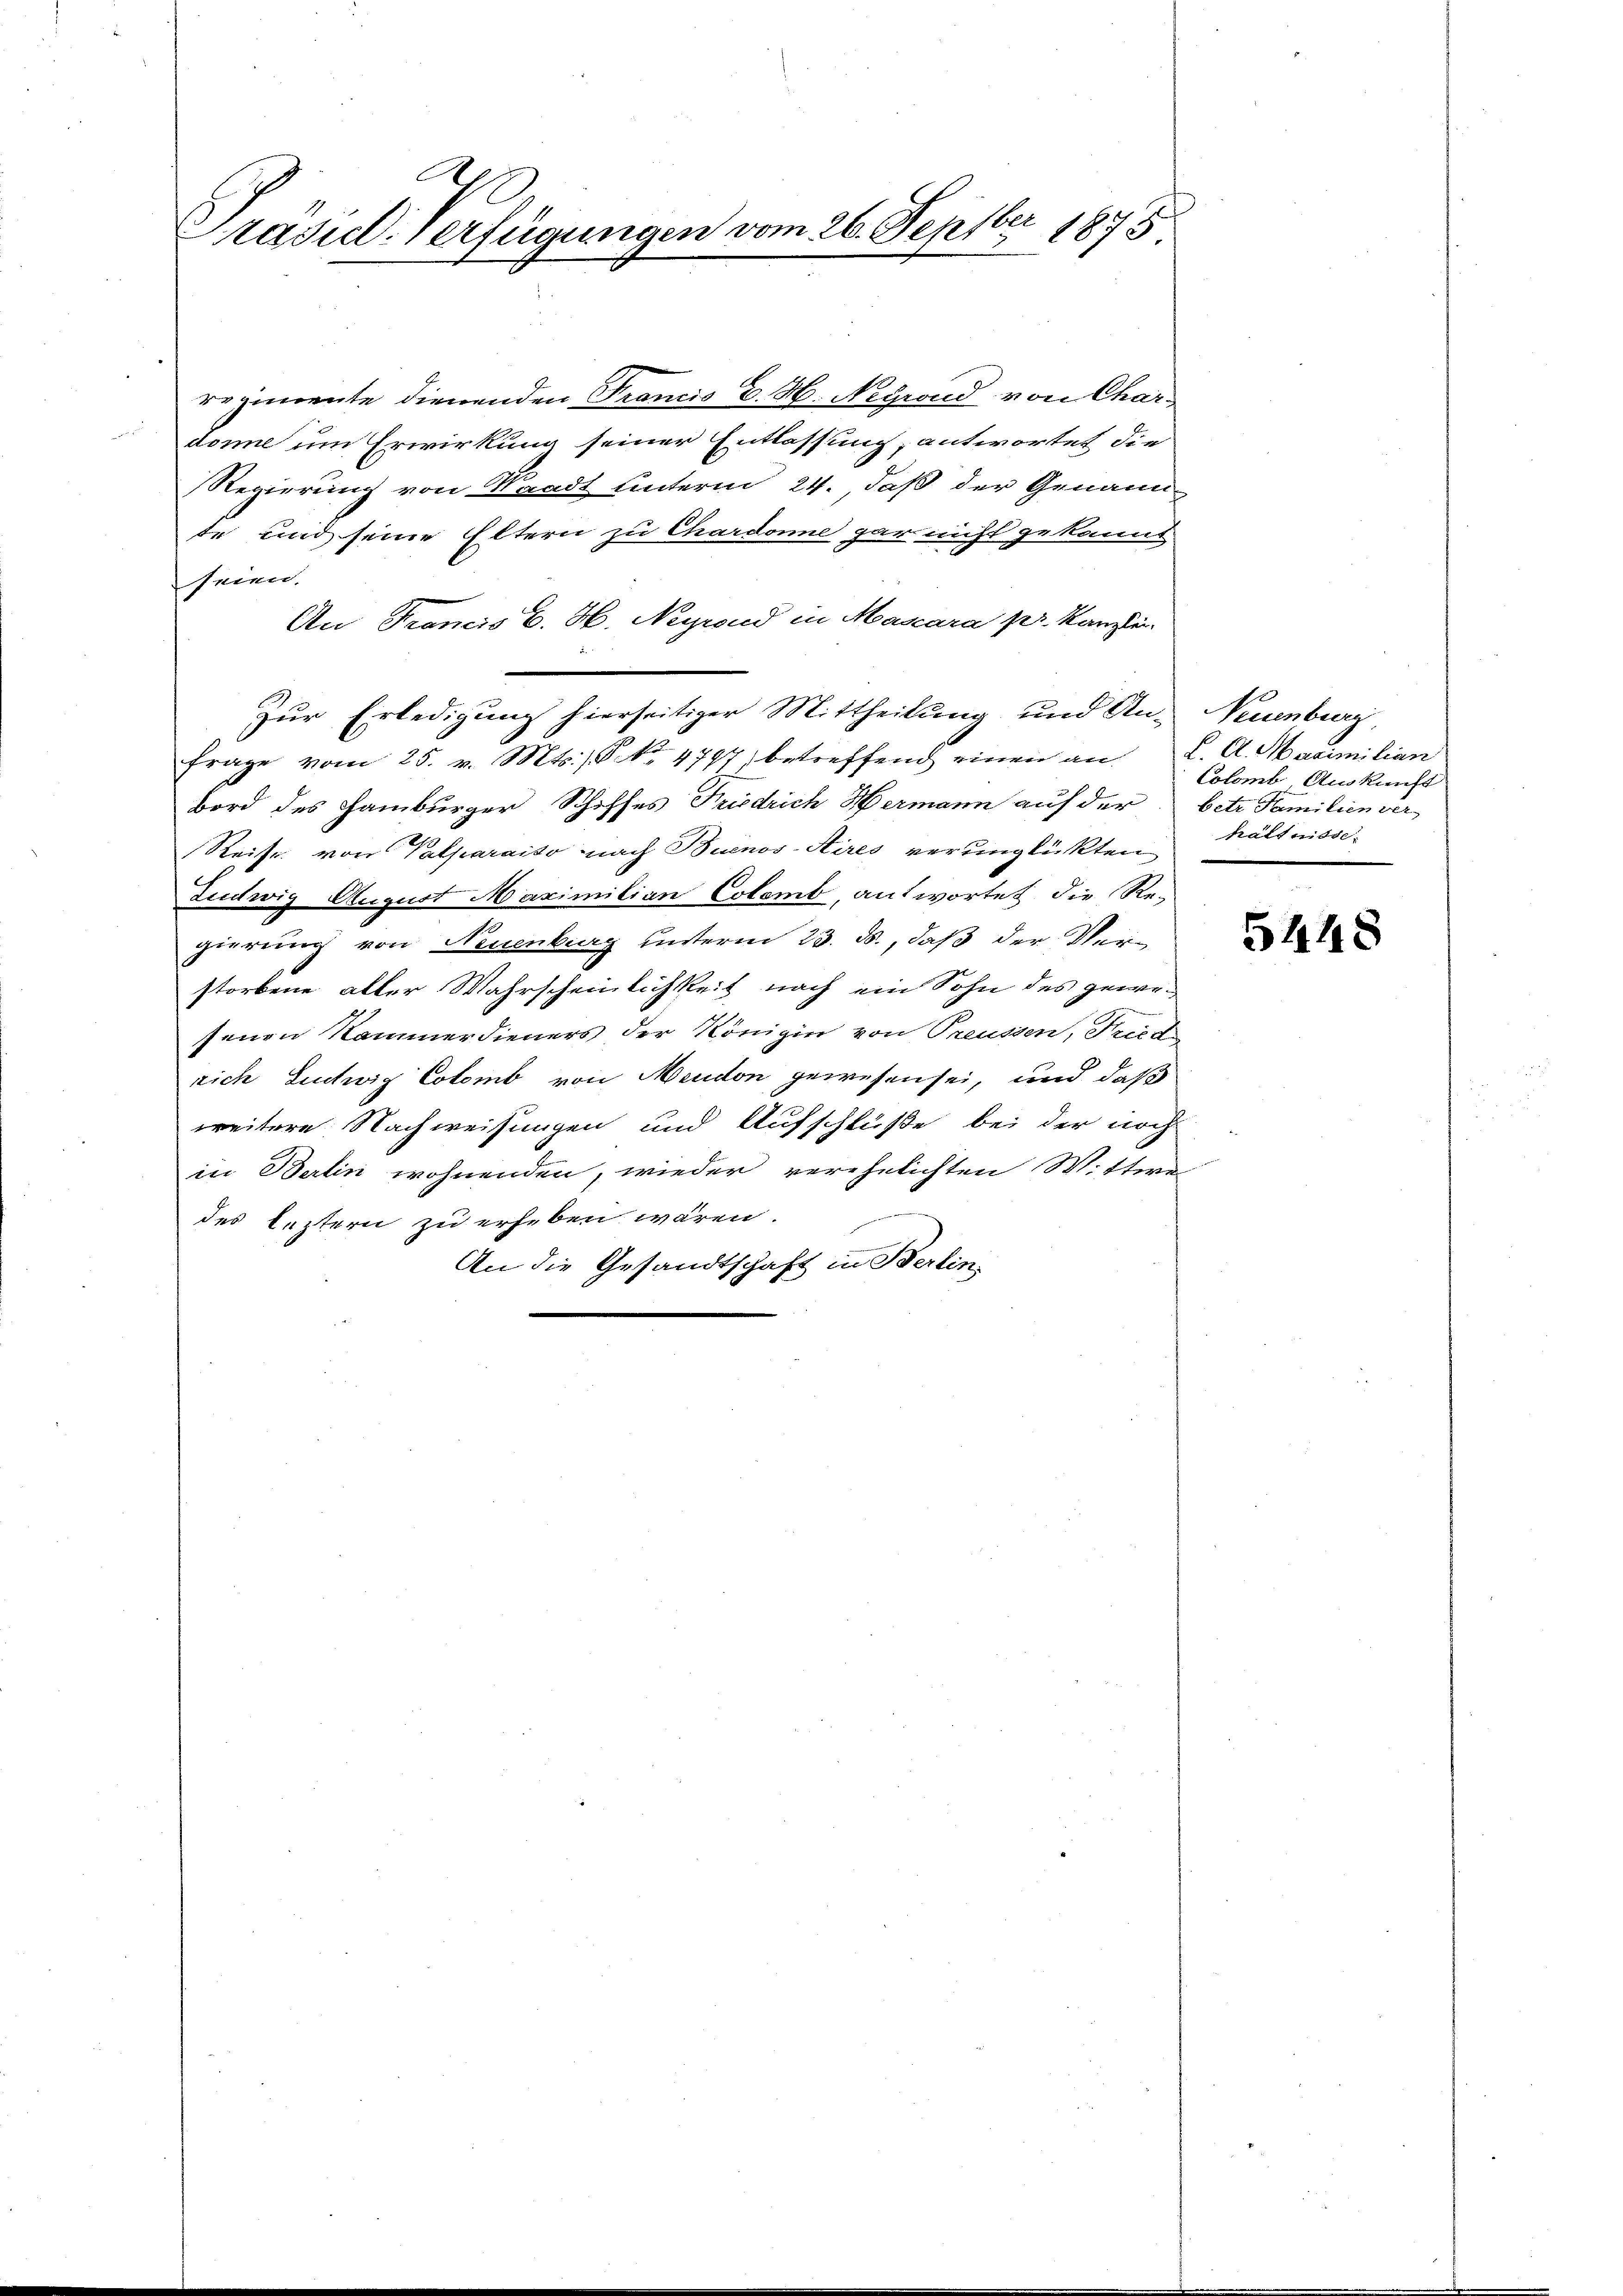
Präsid. Verfügungen vom 26. Septbr 1875

regimente dienenden Francis E. H. Negrond von Chardonne um Erwirkung seiner Entlassung, antwortet die
Regierung von Waadt Unterm 24., daß der Genannte und seine Eltern zu Chardonne gar nicht gekannt
seien.
An Francis E. H. Neyrond in Mascara pr. Kanzlin
n
Zur Erledigung hierseitiger Mittheilung und An- Neuenburg
Frage vom 25. v. Mts. / No 4797, betreffend einen an L. A. Maximilian
bord des Hamburger Schiffes Friedrich Hermann auf der betr. Familien ver
Reise von Valparaiso nach Buenos-Sires verunglükten
Ludwig August Maximilian Colomb, antwortet die Re-
gierung von Neuenburg unterm 23. ds., daß der Verstorbene alter Wahrscheinlichkeit nach ein Sohn des gewefenen Kammerdieners der Königin von Preussen, Fried
rich Lintwig Colomb von Meudon gewesen sei, und daß
weitere Nachweisungen und Aufschluße bei der noch
in Berlin wohnenden, wieder verehelichten Wittwe
des leztern zu erheben wären.
An die Gesandtschaft in Berlin

Colomb. Auskunft
hältnisse:

5448